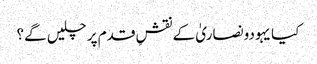
کیا یہودونصاریٰ کے نقشِ قدم پر چلیں گے؟